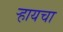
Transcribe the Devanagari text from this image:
र्‍हायचा